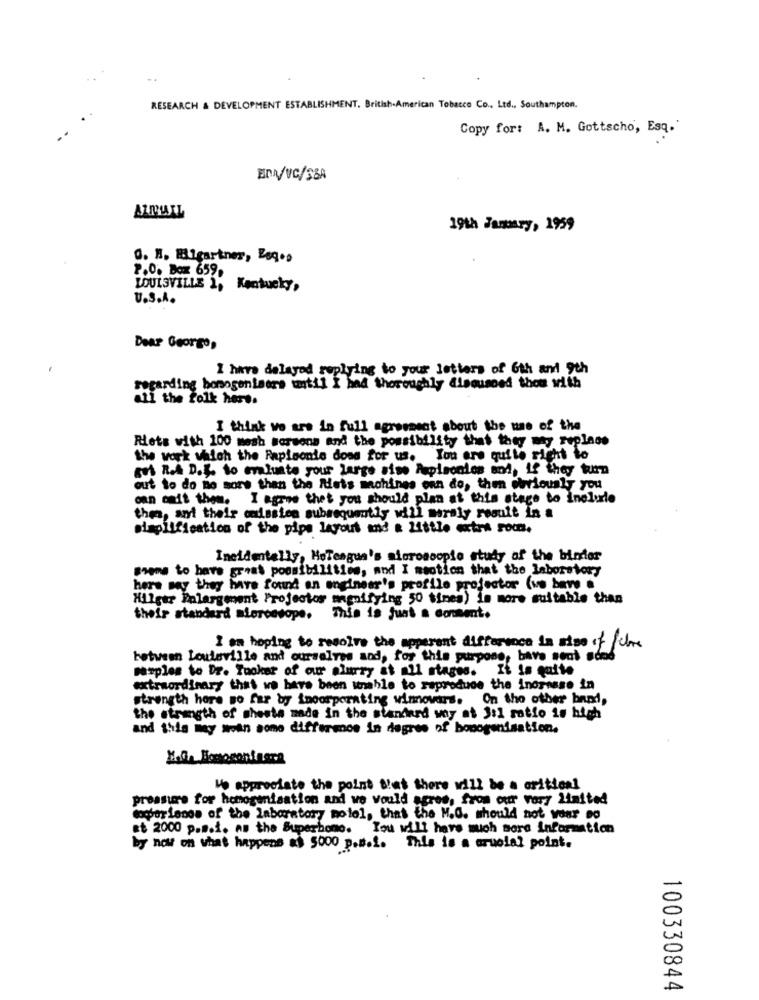
RESEARCH & DEVELOPMENT ESTABLISHMENT, British-American Tobacco Co ., Ltd ., Southampton.
Copy for: A. M. Gottscho, Esq.
ENA/VC/S&A
AZMIAIL
19th January, 1999
G. H. Migartner, Esq .,
P.O. Box 659.
LOUISVILLE 1, Kentucky,
U.S.A.
Dear Georgo,
I have delayed replying to your letters of 6th and 9th
regarding homogenisers until I had thoroughly discussed thot with
all the folk here.
I think we ars in full agreement about the use of the
Riets with 100 mesh sorsons and the possibility that they may replace
the work which the Rapleonie does for us. You are quite right to
gus R.A D.L. to evaluate your large sise Aspisonios and, if they turn
out to do no more than the Rets machines enn do, then curiously you
can cait them. I agree thet you should plan at this stage to inclule
then, and their mission subsequently will moraly result in a
simplification of the pipe layout and a little extra rom.
Incidentally, HoTeagua's microscopio study of the birdlor
Seems to have great possibilities, and I mention that the laboratory
here may they have found an engineer's profile projector (ve bere a
Hilger Palargement Projector magnifying 50 times) is more suitable than
their standard alercesope. This is just a consent.
I am hoping to resolve the apperent difference in atos of che
between Louisville and ourselves and, for this purpose, bave sent sond
samples to Dr. Tooker of our slurry at all stages.
extraordinary that we have been unable to reproduce the inoresse in
strength here so far by incorporating winovars. On the other band,
the strength of sheets made in the standard my at Jil ratio is high
and this may mean some difference in degree of bonogenisation.
We appreciate the point Blat there will be a critical
preasure for homogenfaation and we would agres, from our vory limited
Cowporlanos of the laboratory motol, that the M.G. should not waar eo
at 2000 p.s.i. as the Superhome. You will have much more information
by now on what happens as 5000 p.m.2. This is a crucial point.
100330844